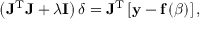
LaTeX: \left( \mathbf { J } ^ { \mathrm { T } } \mathbf { J } + \lambda \mathbf { I } \right) { \boldsymbol { \delta } } = \mathbf { J } ^ { \mathrm { T } } \left[ \mathbf { y } - \mathbf { f } \left( { \boldsymbol { \beta } } \right) \right] ,